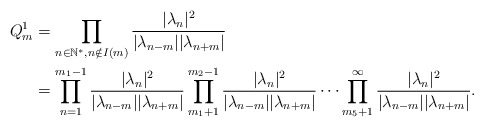
\begin{align*}Q_{m}^{1}&=\displaystyle\prod_{n\in\mathbb{N}^*, n\notin I(m)}\frac{|\lambda_n|^2}{|\lambda_{n-m}||\lambda_{n+m}|}\\&=\prod_{n=1}^{m_1-1}\frac{|\lambda_n|^2}{|\lambda_{n-m}||\lambda_{n+m}|}\prod_{m_1+1}^{m_2-1}\frac{|\lambda_n|^2}{|\lambda_{n-m}||\lambda_{n+m}|}\cdots \prod_{m_5+1}^\infty\frac{|\lambda_n|^2}{|\lambda_{n-m}||\lambda_{n+m}|}.\end{align*}